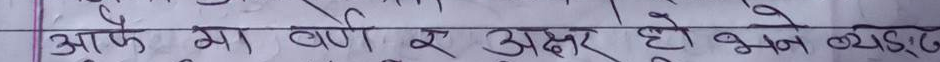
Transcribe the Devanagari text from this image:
आफ्नो गाउँ र अक्षर हो भन्ने व्यक्ति